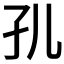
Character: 𭒷